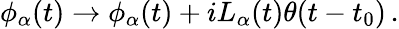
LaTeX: \phi_{\alpha}(t)\to\phi_{\alpha}(t)+iL_{\alpha}(t)\theta(t-t_{0})\, .